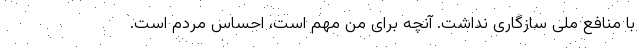
با منافع ملی سازگاری نداشت. آنچه برای من مهم است، احساس مردم است.